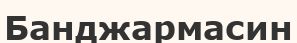
Банджармасин